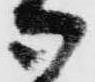
御